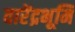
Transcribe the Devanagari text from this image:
वारेंद्रभूमि